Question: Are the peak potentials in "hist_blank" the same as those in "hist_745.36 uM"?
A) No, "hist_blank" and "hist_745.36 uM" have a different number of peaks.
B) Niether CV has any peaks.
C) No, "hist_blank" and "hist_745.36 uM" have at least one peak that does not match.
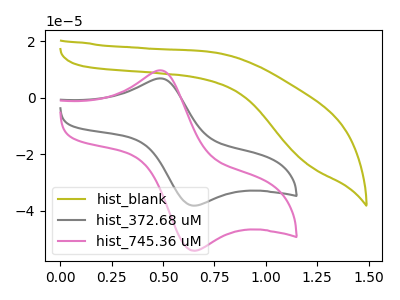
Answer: <think>The olive curve "hist_blank" has no peaks. The gray curve "hist_372.68 uM" has an anodic peak at (0.50V, 6.80uA) and a cathodic peak at (0.65V, -38.10uA). The pink curve "hist_745.36 uM" has an anodic peak at (0.50V, 9.65uA) and a cathodic peak at (0.65V, -54.05uA).</think>
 <answer>A) No, "hist_blank" and "hist_745.36 uM" have a different number of peaks.</answer>
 <eval>A</eval>